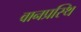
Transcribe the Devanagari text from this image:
वानप्रस्थि